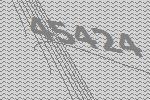
45424